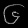
Digit: ၆